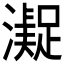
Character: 𱩢